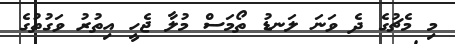
މި މެޗުގެ ދެ ވަނަ ލަނޑު ތޯމަސް މުލާ ޖެހީ އިތުރު ވަގުތުގެ